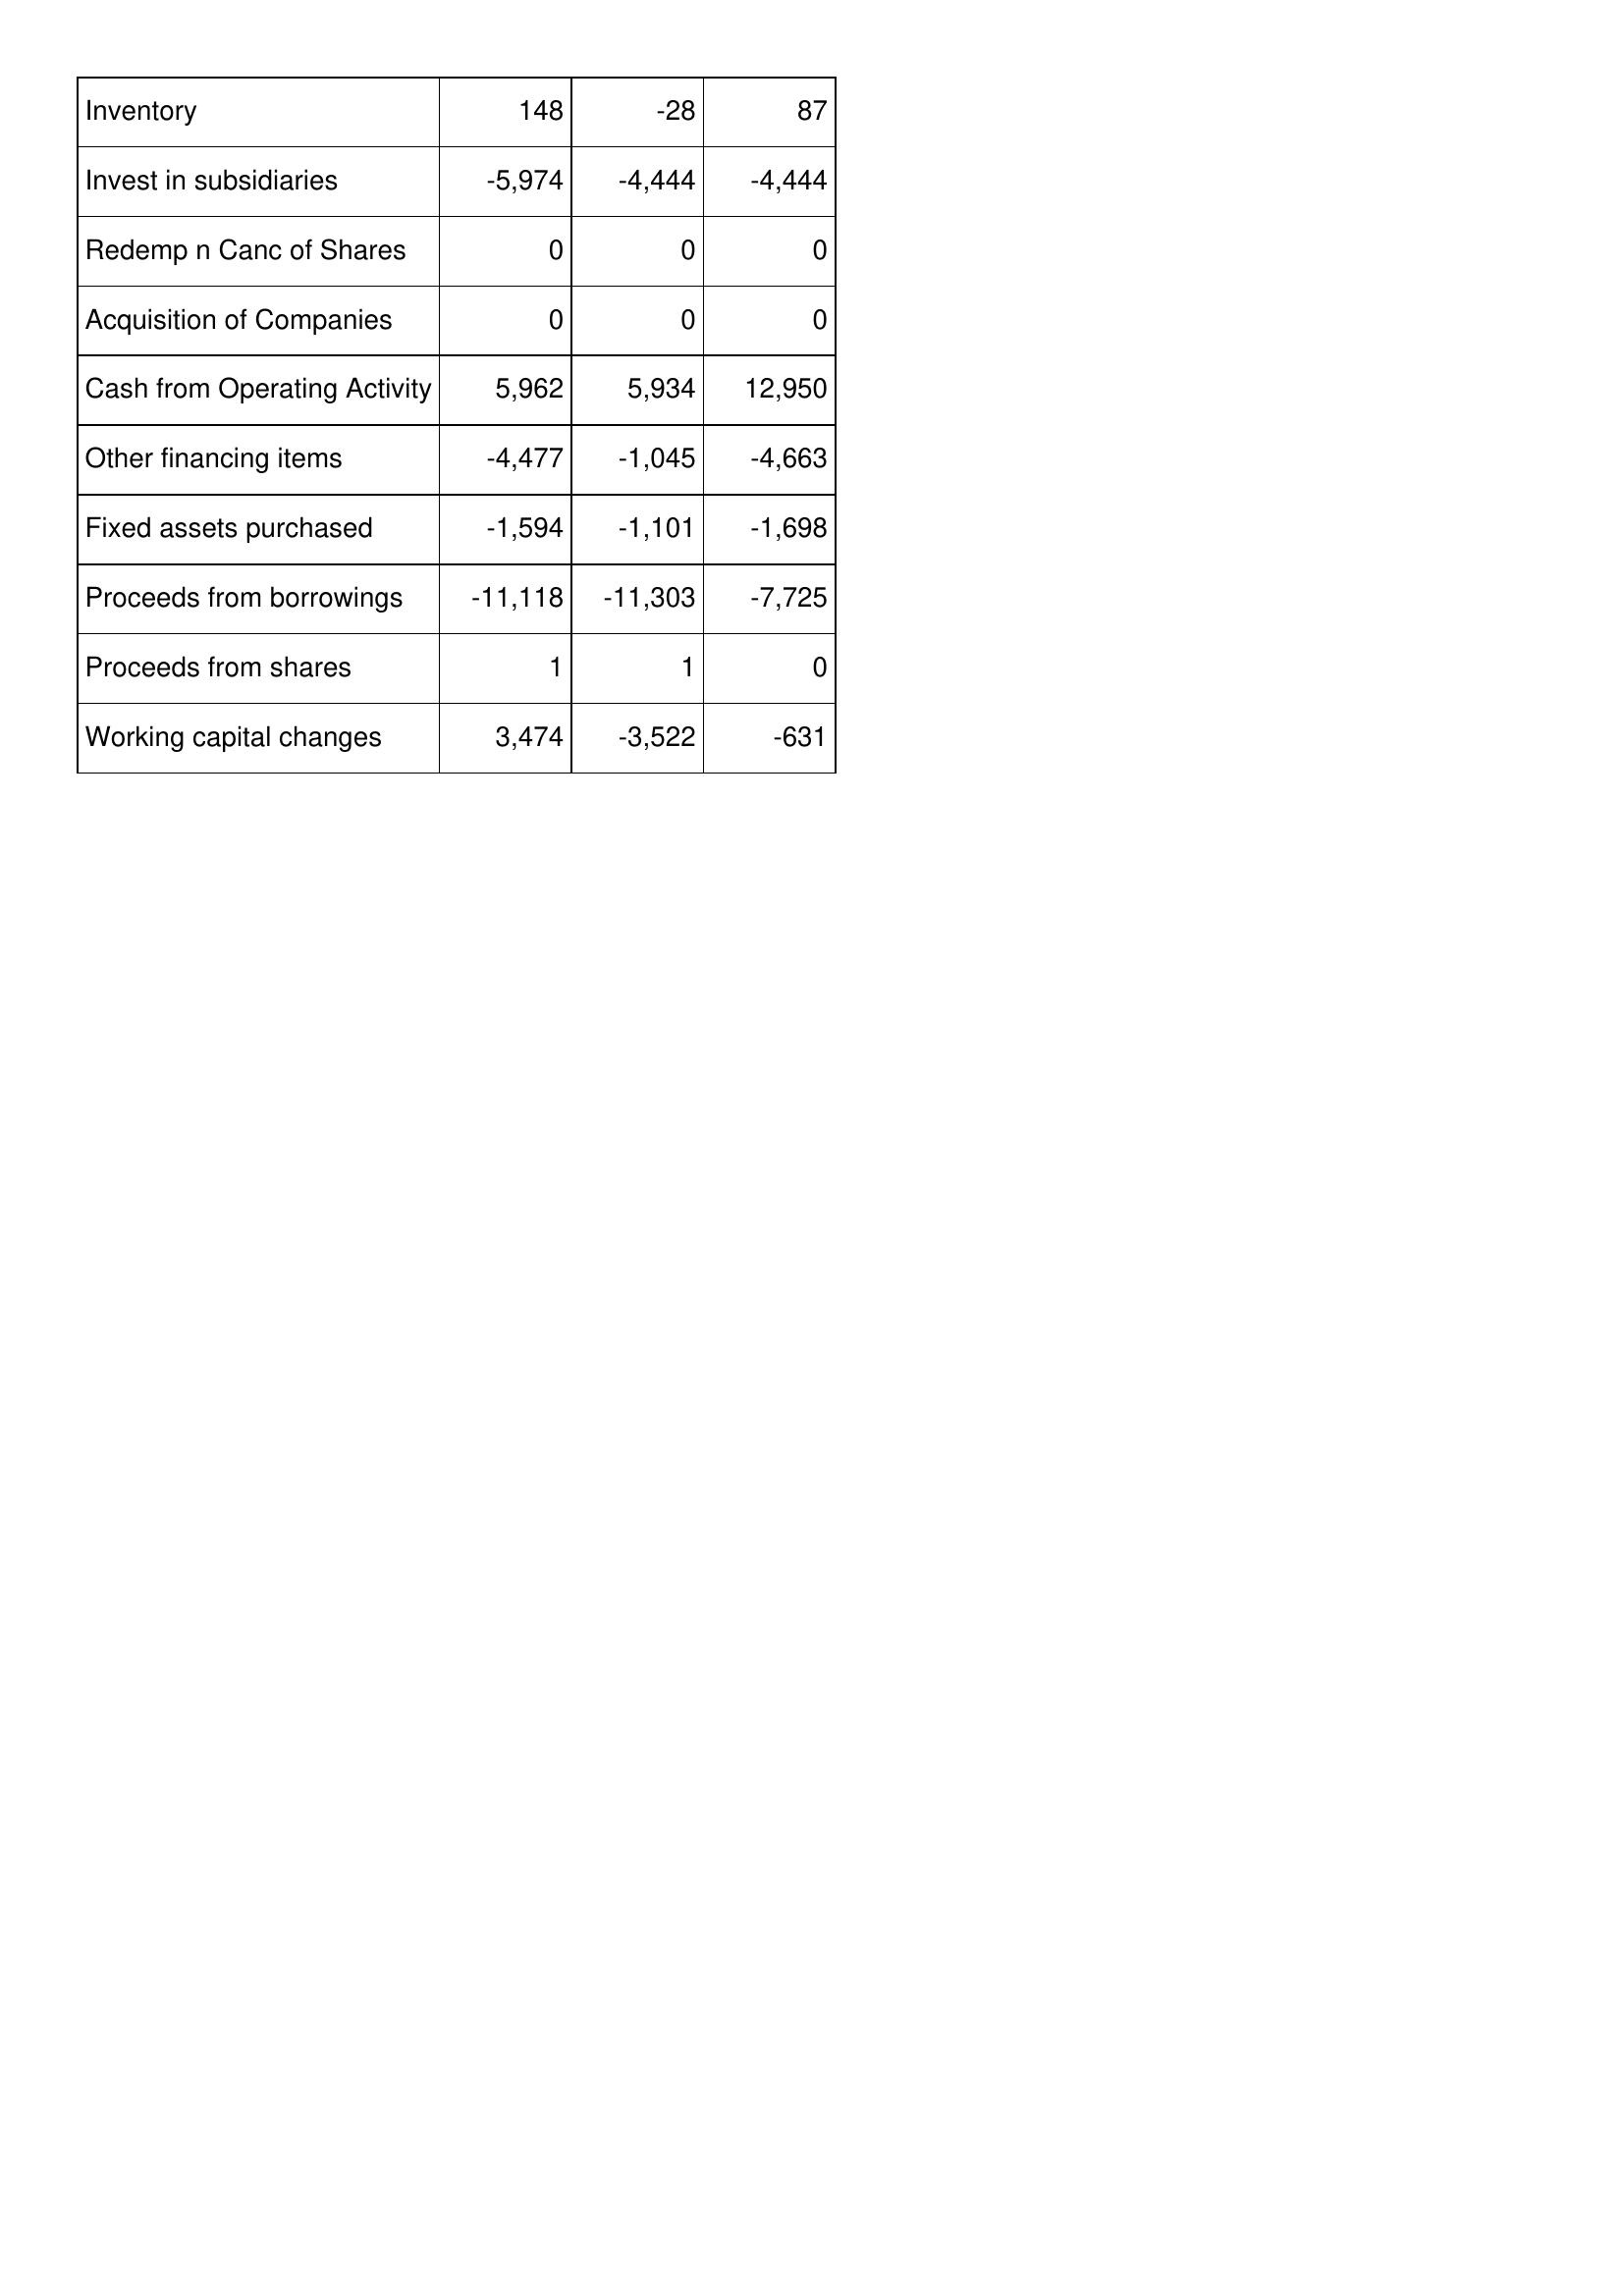
Feb-18: Cash Flows: Inventory: 148
Invest in subsidiaries: -5,974
Redemp n Canc of Shares: 0
Acquisition of Companies: 0
Cash from Operating Activity: 5,962
Other financing items: -4,477
Fixed assets purchased: -1,594
Proceeds from borrowings: -11,118
Proceeds from shares: 1
Working capital changes: 3,474
Feb-17: Cash Flows: Inventory: -28
Invest in subsidiaries: -4,444
Redemp n Canc of Shares: 0
Acquisition of Companies: 0
Cash from Operating Activity: 5,934
Other financing items: -1,045
Fixed assets purchased: -1,101
Proceeds from borrowings: -11,303
Proceeds from shares: 1
Working capital changes: -3,522
Feb-16: Cash Flows: Inventory: 87
Invest in subsidiaries: -4,444
Redemp n Canc of Shares: 0
Acquisition of Companies: 0
Cash from Operating Activity: 12,950
Other financing items: -4,663
Fixed assets purchased: -1,698
Proceeds from borrowings: -7,725
Proceeds from shares: 0
Working capital changes: -631